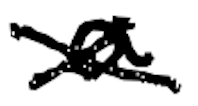
Text: a
Cross-out: cross
Writing tool: digital_black